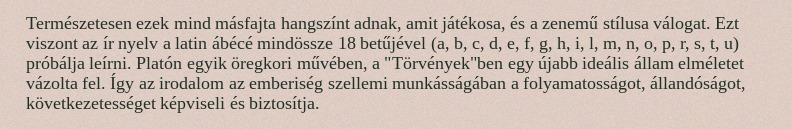
Természetesen ezek mind másfajta hangszínt adnak, amit játékosa, és a zenemű stílusa válogat. Ezt viszont az ír nyelv a latin ábécé mindössze 18 betűjével (a, b, c, d, e, f, g, h, i, l, m, n, o, p, r, s, t, u) próbálja leírni. Platón egyik öregkori művében, a "Törvények"ben egy újabb ideális állam elméletet vázolta fel. Így az irodalom az emberiség szellemi munkásságában a folyamatosságot, állandóságot, következetességet képviseli és biztosítja.